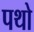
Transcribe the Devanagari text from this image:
पथो